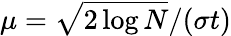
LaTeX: \mu=\sqrt{2\log N}/(\sigma t)